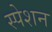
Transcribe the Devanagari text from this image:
स्पेशन